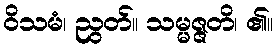
ဝိသမံ၊ ညွတ်။ သမ္မဇ္ဇတိ၊ ၏။